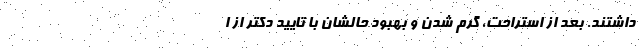
داشتند. بعد از استراحت، گرم شدن و بهبود حالشان با تایید دکتر از ا